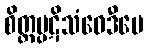
စိတ္တပ္ပဋိသံဝေဒီပေ